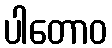
ပါတောဝ